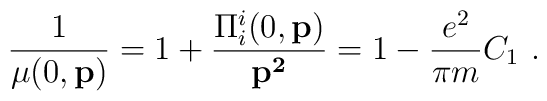
\frac{1}{\mu(0,{\bf p})} =1+\frac{\Pi_i^{i}(0,{\bf p})}{{\bf p^2}}=1-\frac{e^2}{ \pi m} C_1  \, \, .